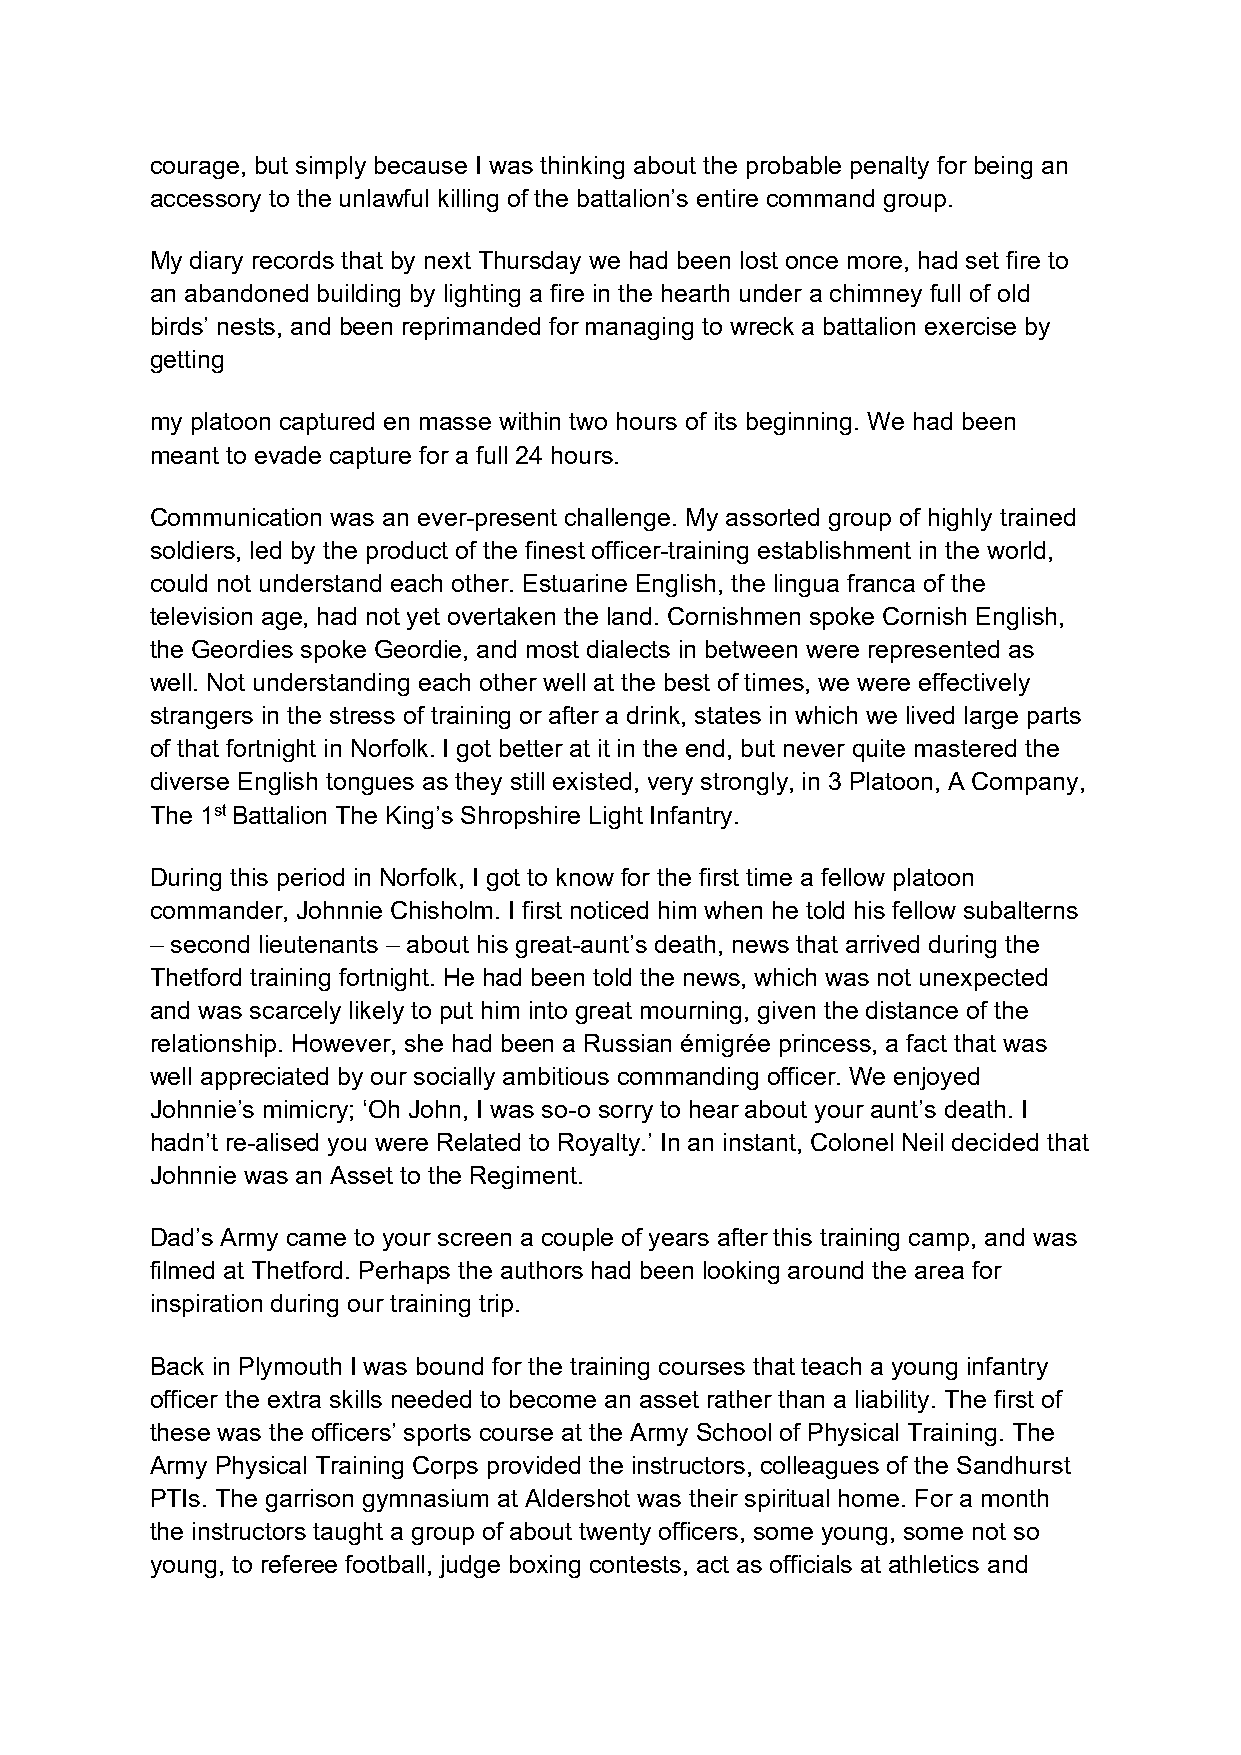
courage, but simply because I was thinking about the probable penalty for being an
 accessory to the unlawful killing of the battalion’s entire command group.
 My diary records that by next Thursday we had been lost once more, had set fire to
 an abandoned building by lighting a fire in the hearth under a chimney full of old
 birds’ nests, and been reprimanded for managing to wreck a battalion exercise by
 getting
 my platoon captured en masse within two hours of its beginning. We had been
 meant to evade capture for a full 24 hours.
 Communication was an ever-present challenge. My assorted group of highly trained
 soldiers, led by the product of the finest officer-training establishment in the world,
 could not understand each other. Estuarine English, the lingua franca of the
 television age, had not yet overtaken the land. Cornishmen spoke Cornish English,
 the Geordies spoke Geordie, and most dialects in between were represented as
 well. Not understanding each other well at the best of times, we were effectively
 strangers in the stress of training or after a drink, states in which we lived large parts
 of that fortnight in Norfolk. I got better at it in the end, but never quite mastered the
 diverse English tongues as they still existed, very strongly, in 3 Platoon, A Company,
 The 1st Battalion The King’s Shropshire Light Infantry.
 During this period in Norfolk, I got to know for the first time a fellow platoon
 commander, Johnnie Chisholm. I first noticed him when he told his fellow subalterns
 – second lieutenants – about his great-aunt’s death, news that arrived during the
 Thetford training fortnight. He had been told the news, which was not unexpected
 and was scarcely likely to put him into great mourning, given the distance of the
 relationship. However, she had been a Russian émigrée princess, a fact that was
 well appreciated by our socially ambitious commanding officer. We enjoyed
 Johnnie’s mimicry; ‘Oh John, I was so-o sorry to hear about your aunt’s death. I
 hadn’t re-alised you were Related to Royalty.’ In an instant, Colonel Neil decided that
 Johnnie was an Asset to the Regiment.
 Dad’s Army came to your screen a couple of years after this training camp, and was
 filmed at Thetford. Perhaps the authors had been looking around the area for
 inspiration during our training trip.
 Back in Plymouth I was bound for the training courses that teach a young infantry
 officer the extra skills needed to become an asset rather than a liability. The first of
 these was the officers’ sports course at the Army School of Physical Training. The
 Army Physical Training Corps provided the instructors, colleagues of the Sandhurst
 PTIs. The garrison gymnasium at Aldershot was their spiritual home. For a month
 the instructors taught a group of about twenty officers, some young, some not so
 young, to referee football, judge boxing contests, act as officials at athletics and